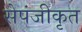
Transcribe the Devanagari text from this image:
सेपंजीकृत